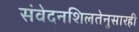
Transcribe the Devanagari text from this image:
संवेदनशिलतेनुसारही